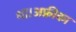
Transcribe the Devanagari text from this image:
था।अफ्रीका